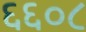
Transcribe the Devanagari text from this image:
६६०८